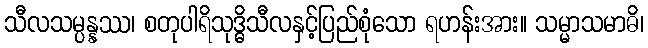
သီလသမ္ပန္နဿ၊ စတုပါရိသုဒ္ဓိသီလနှင့်ပြည်စုံသော ရဟန်းအား။ သမ္မာသမာဓိ၊